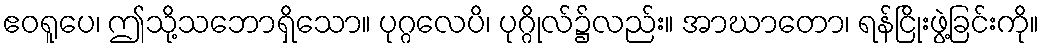
ဧဝရူပေ၊ ဤသို့သဘောရှိသော။ ပုဂ္ဂလေပိ၊ ပုဂ္ဂိုလ်၌လည်း။ အာဃာတော၊ ရန်ငြိုးဖွဲ့ခြင်းကို။